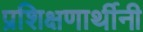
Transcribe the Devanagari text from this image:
प्रशिक्षणार्थीनी